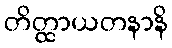
တိတ္ထာယတနာနိ